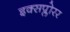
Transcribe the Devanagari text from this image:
इक्सप्लोरर